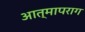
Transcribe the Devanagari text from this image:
आत्मापराग